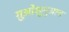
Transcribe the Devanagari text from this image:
ग़ुओशुगुआन